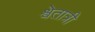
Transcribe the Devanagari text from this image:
श्वेतात्री